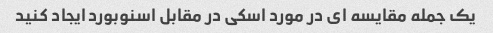
یک جمله مقایسه ای در مورد اسکی در مقابل اسنوبورد ایجاد کنید